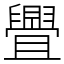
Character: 舋